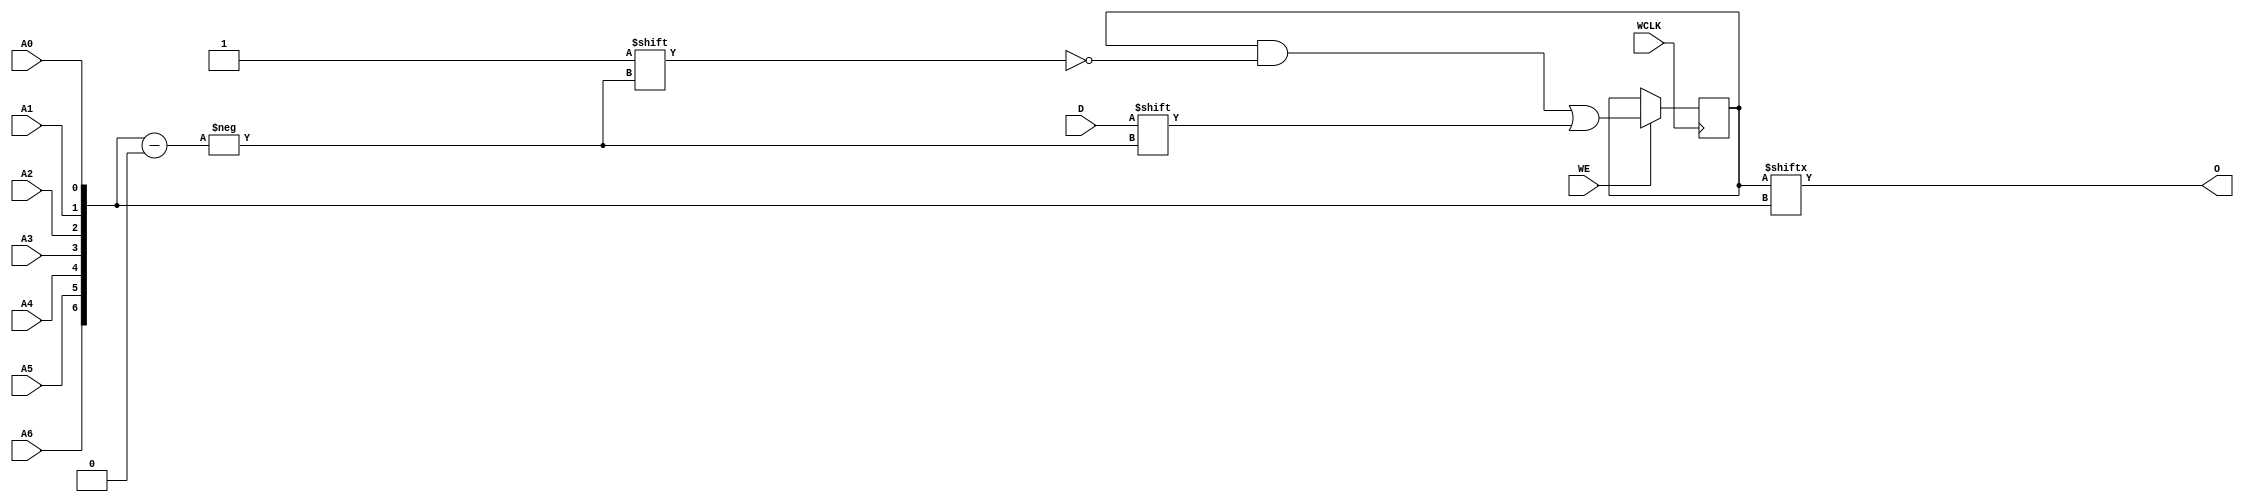
// This program was cloned from: https://github.com/fredrequin/verilator_xilinx
// License: BSD 2-Clause "Simplified" License

`ifdef verilator3
`else
`timescale 1 ps / 1 ps
`endif
//
// RAM128X1S primitive for Xilinx FPGAs
// Compatible with Verilator tool (www.veripool.org)
// Copyright (c) 2019-2022 Frdric REQUIN
// License : BSD
//

/* verilator coverage_off */
module RAM128X1S
#(
    parameter [127:0] INIT = 128'h0,
    parameter   [0:0] IS_WCLK_INVERTED = 1'b0
)
(
    // Write clock
    input  wire       WCLK,
    // Write enable
    input  wire       WE,
    // Read / Write address
    input  wire       A0,
    input  wire       A1,
    input  wire       A2,
    input  wire       A3,
    input  wire       A4,
    input  wire       A5,
    input  wire       A6,
    // Data in
    input  wire       D,
    // Data out
    output wire       O
);
    // Read / Write address
    wire   [6:0] _w_A = { A6, A5, A4, A3, A2, A1, A0 };
    // 128 x 1-bit Select RAM
    reg  [127:0] _r_mem;
    
    // Power-up value
    initial begin : INIT_STATE
        _r_mem = INIT;
    end
    
    // Synchronous memory write
    generate
        if (IS_WCLK_INVERTED) begin : GEN_WCLK_NEG
            always @(negedge WCLK) begin : MEM_WRITE
            
                if (WE) begin
                    _r_mem[_w_A] <= D;
                end
            end
        end
        else begin : GEN_WCLK_POS
            always @(posedge WCLK) begin : MEM_WRITE
            
                if (WE) begin
                    _r_mem[_w_A] <= D;
                end
            end
        end
    endgenerate
    
    // Asynchronous memory read
    assign O = _r_mem[_w_A];

endmodule
/* verilator coverage_on */